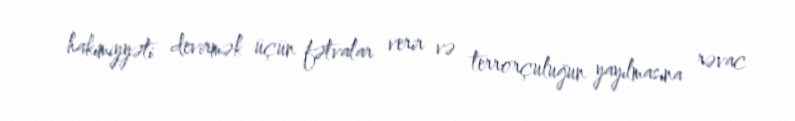
hakimiyyəti devirmək üçün fətvalar verir və terrorçuluğun yayılmasına rəvac